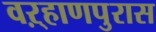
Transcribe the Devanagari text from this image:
वऱ्हाणपुरास